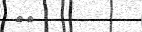
٢٢